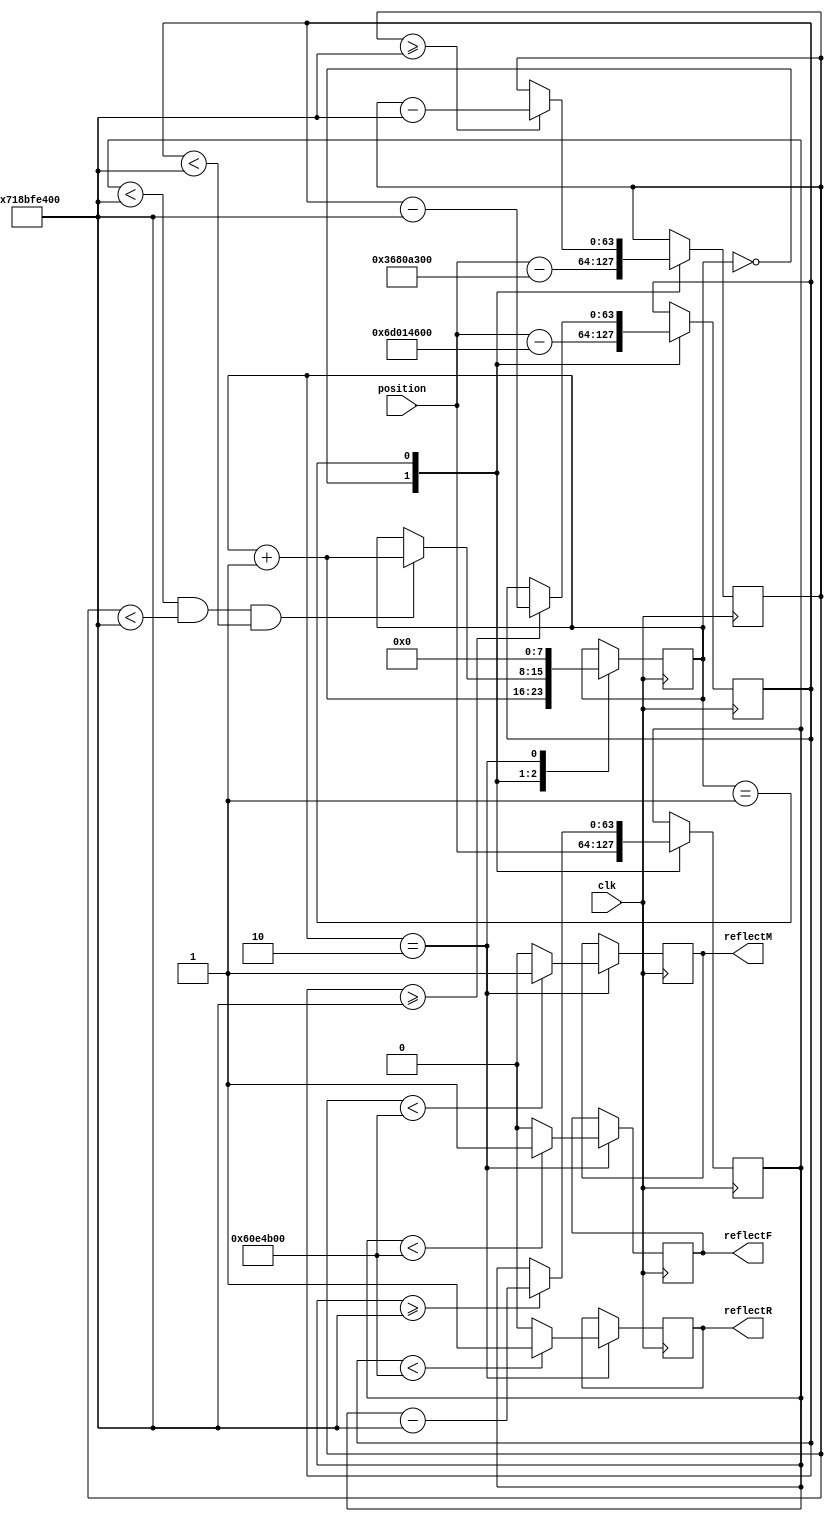
`timescale 1ns / 1ps
//////////////////////////////////////////////////////////////////////////////////
// Company: 
// Engineer: 
// 
// Design Name: 
// Module Name:    reflectSensors 
// Project Name: 
// Target Devices: 
// Tool versions: 
// Description: 
//
// Dependencies: 
//
// Revision: 
// Revision 0.01 - File Created
// Additional Comments: 
//
//////////////////////////////////////////////////////////////////////////////////


module reflectSensors(
    input [63:0] position,
    input clk,
    output reg reflectF,
    output reg reflectM,
    output reg reflectR
    );
	 
	reg [63:0] FIRST_STRIPE = 64'd15240000000;
	reg [63:0] ONE_HUNDRED_FEET = 64'd30480000000;
	reg [63:0] MIDDLE_SENSOR = 64'd914400000;
	reg [63:0] REAR_SENSOR = 64'd1828800000;
	reg [63:0] FOUR_INCHES = 64'd101600000;
	 
	 reg [64:0] tempPosition = 0;
	 
	 reg [7:0] divideState = 0;
	 reg [63:0] frontPos = 64'd0;
	 reg [63:0] middlePos = 64'd0;
	 reg [63:0] rearPos = 64'd0;

	always @(posedge clk)
	begin
		case(divideState)
			0: begin frontPos <= position; middlePos <= position - MIDDLE_SENSOR; rearPos <= position - REAR_SENSOR; divideState<=divideState+1; end
			1: begin
				if(frontPos >= ONE_HUNDRED_FEET)
					frontPos <= frontPos - ONE_HUNDRED_FEET;
					
				if(middlePos >= ONE_HUNDRED_FEET)
					middlePos <= middlePos - ONE_HUNDRED_FEET;
					
				if(rearPos >= ONE_HUNDRED_FEET)
					rearPos <= rearPos - ONE_HUNDRED_FEET;
					
				if(frontPos < ONE_HUNDRED_FEET && middlePos < ONE_HUNDRED_FEET && rearPos < ONE_HUNDRED_FEET)
					divideState <= divideState + 1;
				end
			2: begin
				if(frontPos < FOUR_INCHES)
					reflectF <= 1;
				else
					reflectF <= 0;
					
				if(middlePos < FOUR_INCHES)
					reflectM <= 1;
				else
					reflectM <= 0;
					
				if(rearPos < FOUR_INCHES)
					reflectR <= 1;
				else
					reflectR <= 0;
					
				divideState <= 0;
				end
		endcase
	end
		
		
endmodule